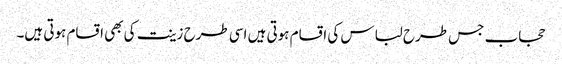
حجاب جس طرح لباس کی اقسام ہوتی ہیں اسی طرح زینت کی بھی اقسام ہوتی ہیں۔